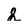
Character: 2